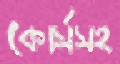
কোর্সসহ